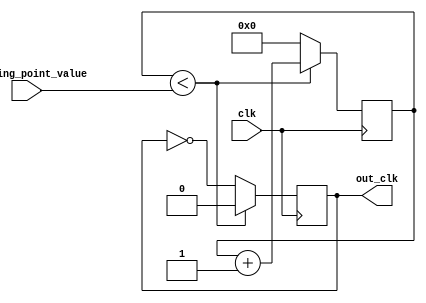
module floating_point_clock_divider (
    input wire clk,
    input wire [31:0] floating_point_value,
    output reg out_clk
);

reg [31:0] counter;

always @ (posedge clk) begin
    if (counter < floating_point_value) begin
        counter <= counter + 1;
        out_clk <= 0;
    end else begin
        counter <= 0;
        out_clk <= !out_clk;
    end
end

endmodule